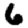
Digit: 6